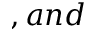
, a n d